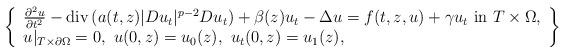
LaTeX: \begin{align*}\left\{\begin{array}{ll}\frac{\partial^2u}{\partial t^2} - {\rm div}\,(a(t, z)|Du_t|^{p-2}Du_t) + \beta(z)u_t - \Delta u = f(t, z, u) + \gamma u_t\ \mbox{in}\ T\times\Omega, \\u|_{T\times\partial\Omega} = 0,\ u(0, z)=u_0(z),\ u_t(0, z)=u_1(z),\end{array}\right\}\end{align*}